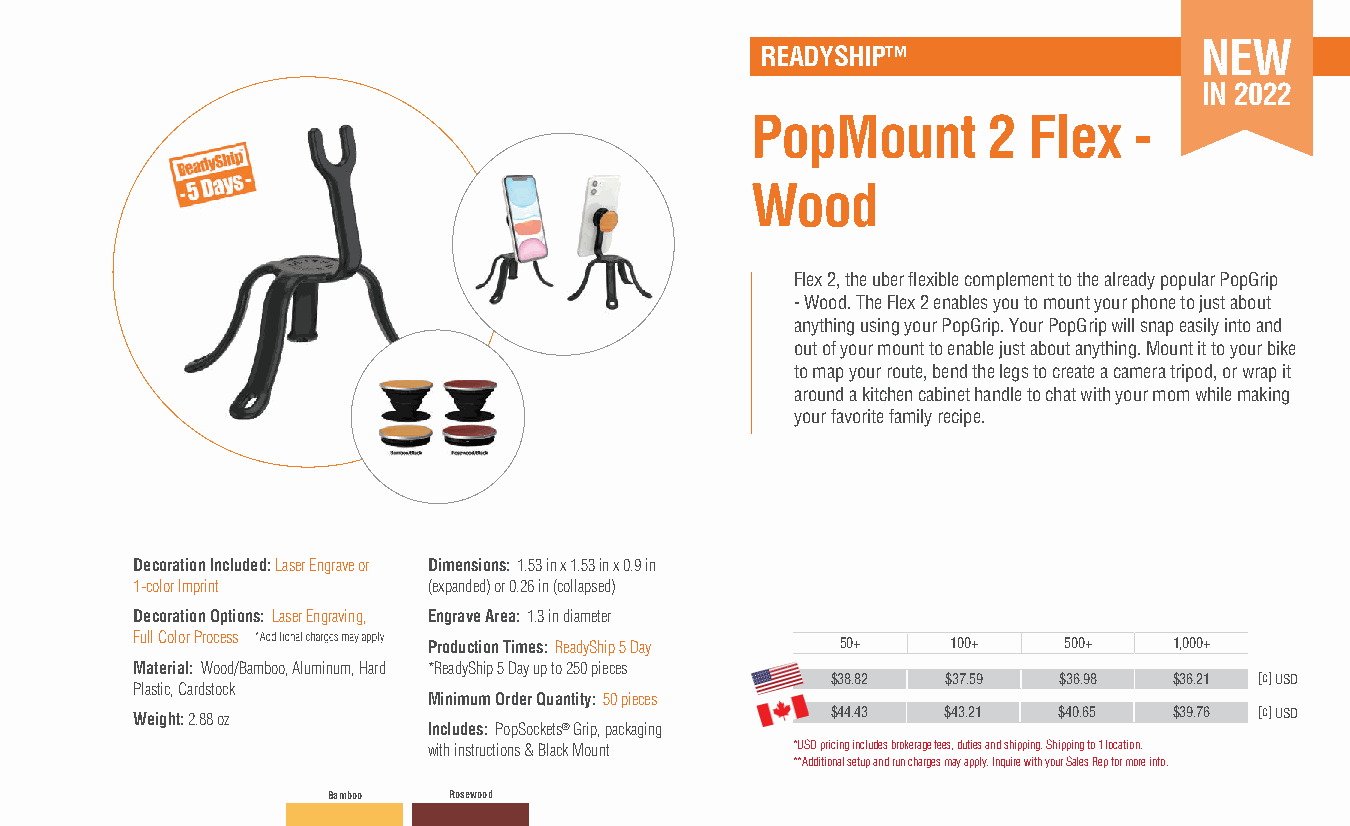
NEW
 READYSHIP™
 IN 2022
 PopMount       2  Flex   -
 Wood
 Flex 2, the uber fl exible complement to the already popular PopGrip
 - Wood. The Flex 2 enables you to mount your phone to just about
 anything using your PopGrip. Your PopGrip will snap easily into and
 out of your mount to enable just about anything. Mount it to your bike
 to map your route, bend the legs to create a camera tripod, or wrap it
 around a kitchen cabinet handle to chat with your mom while making
 your favorite family recipe.
 Decoration Included: Laser Engrave or Dimensions: 1.53 in x 1.53 in x 0.9 in
 1-color Imprint    (expanded) or 0.26 in (collapsed)
 Decoration Options: Laser Engraving, Engrave Area: 1.3 in diameter
 Full Color Process
 Production Times: ReadyShip 5 Day 50+ 100+ 500+   1,000+
 Material: Wood/Bamboo, Aluminum, Hard *ReadyShip 5 Day up to 250 pieces
 $38.82  $37.59 $36.98  $36.21 [c] USD
 Plastic, Cardstock
 Minimum Order Quantity: 50 pieces
 Weight: 2.88 oz                               $44.43  $43.21 $40.65  $39.76 [c] USD
 Includes: PopSockets® Grip, packaging
 with instructions & Black Mount *USD pricing includes brokerage fees, duties and shipping. Shipping to 1 location.
 **Additional setup and run charges may apply. Inquire with your Sales Rep for more info.
 Bamboo  Rosewood